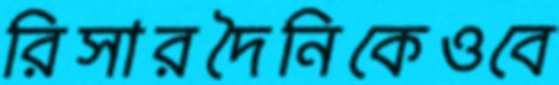
রিসারদৈনিকেওবে